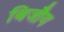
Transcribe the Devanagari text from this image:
बिजौय